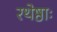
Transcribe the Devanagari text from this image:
रथेष्ठाः